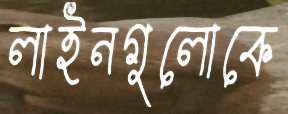
লাইনগুলোকে